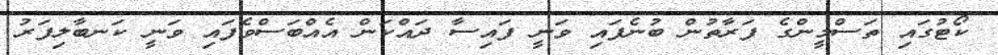
ކޯޓުގައި ތަސްމީންގެ ފަރާތުން ބުނެފައި ވަނީ ފައިސާ ދައްކަން އެއްބަސްވެފައި ވަނީ ކަނބާލިފަރު